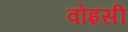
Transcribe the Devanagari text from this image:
वोइसीं